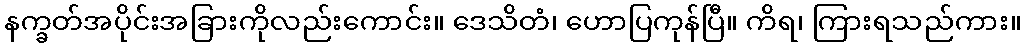
နက္ခတ်အပိုင်းအခြားကိုလည်းကောင်း။ ဒေသိတံ၊ ဟောပြကုန်ပြီ။ ကိရ၊ ကြားရသည်ကား။